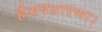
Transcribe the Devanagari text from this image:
हैअवधारणा।